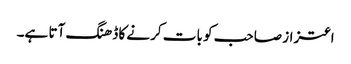
اعتزاز صاحب کو بات کرنے کا ڈھنگ آتا ہے۔